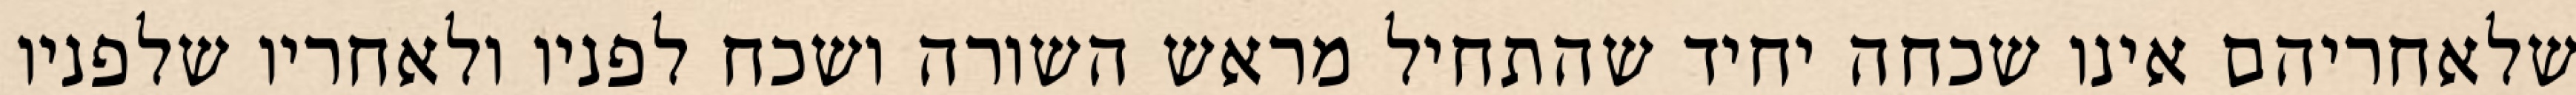
שלאחריהם אינו שכחה יחיד שהתחיל מראש השורה ושכח לפניו ולאחריו שלפניו